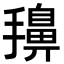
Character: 𭢷